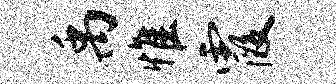
禹惟霞